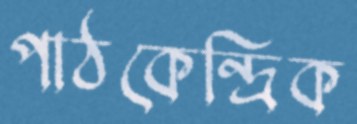
পাঠকেন্দ্রিক